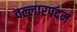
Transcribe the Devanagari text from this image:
वल्लारपदम